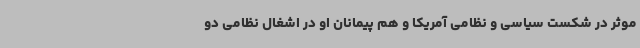
موثر در شکست سیاسی و نظامی آمریکا و هم پیمانان او در اشغال نظامی دو